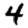
Digit: 4